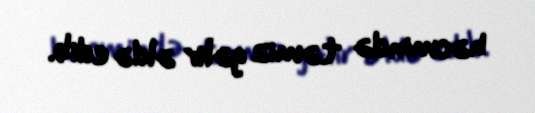
həcmində təmiz gəlir əldə edib.